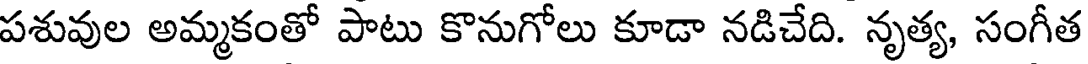
పశువుల అమ్మకంతో పాటు కొనుగోలు కూడా నడిచేది. నృత్య, సంగీత